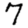
Digit: 7